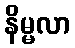
နိမ္မလာ